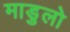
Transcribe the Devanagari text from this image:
माडुलो